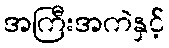
အကြီးအကဲနှင့်